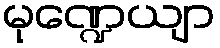
မုဏ္ဍေယျာ